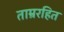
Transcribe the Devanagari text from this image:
ताम्ररहित